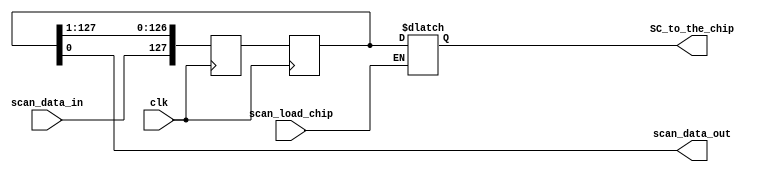
module spi_core
(
// Inputs & outputs to the chip
SC_to_the_chip,
// To the pads
clk,
scan_data_in,
scan_data_out,
scan_load_chip,
);

parameter SC_SIZE=128;

// /////////////////////////////////////////////////////////////////////
// Ports

output [SC_SIZE-1:0] SC_to_the_chip;
reg [SC_SIZE-1:0] SC_to_the_chip;

// Scans
input clk;
input scan_data_in;
output scan_data_out;
input scan_load_chip;

// /////////////////////////////////////////////////////////////////////
// Implementation

// The scan chain is comprised of two sets of latches: scan_master and scan_slave.

reg [SC_SIZE-1:0] scan_master;
reg [SC_SIZE-1:0] scan_slave;
wire [SC_SIZE-1:0] scan_next;

assign scan_next = {scan_data_in, scan_slave[SC_SIZE-1:1]};

always @ (posedge clk) begin
scan_master = scan_next;
end

always @ (negedge clk) begin
scan_slave = scan_master;
end

always @ (*)
if (scan_load_chip) begin
SC_to_the_chip=scan_slave;
end

assign scan_data_out = scan_slave[0];


// /////////////////////////////////////////////////////////////////////

endmodule